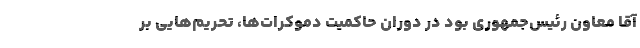
آقا معاون رئیس‌جمهوری بود در دوران حاکمیت دموکرات‌ها، تحریم‌هایی بر